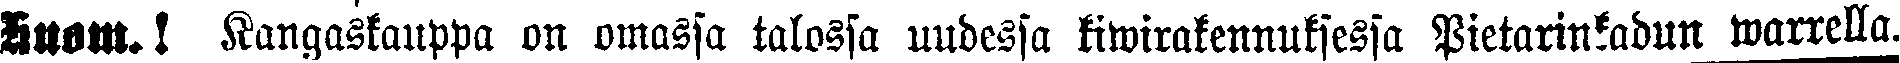
Huom! Kangaskauppa on omassa talossa uudessa kiwirakennuksessa Pietarinkadun warrella.